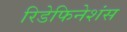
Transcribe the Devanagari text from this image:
रिडेफिनेशंस